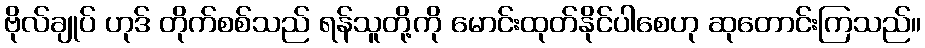
ဗိုလ်ချုပ် ဟုဒ် တိုက်စစ်သည် ရန်သူတို့ကို မောင်းထုတ်နိုင်ပါစေဟု ဆုတောင်းကြသည်။